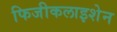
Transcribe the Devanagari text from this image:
फिजीकलाइशेन